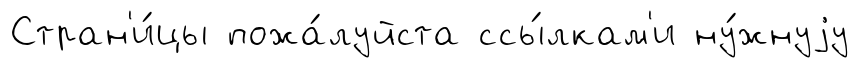
Стран'и́цы пожа́луйста ссы́лкам'и ну́жнуjу